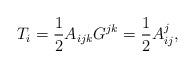
LaTeX: \begin{align*}T_{i}=\frac{1}{2}A_{ijk}G^{jk}=\frac{1}{2}A_{ij}^{j}, \end{align*}